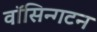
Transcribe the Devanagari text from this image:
वॉसिन्गटन